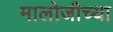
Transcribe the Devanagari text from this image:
मालोजीच्या